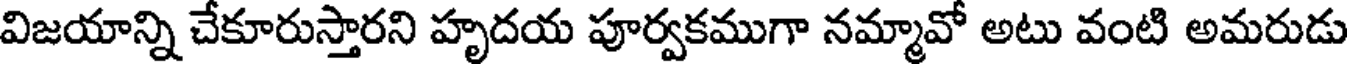
విజయాన్ని చేకూరుస్తారని హృదయ పూర్వకముగా నమ్మావో అటు వంటి అమరుడు